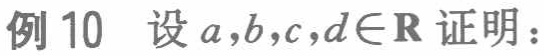
例 10 设 \(a,b,c,d\in\mathbb{R}\) 证明：